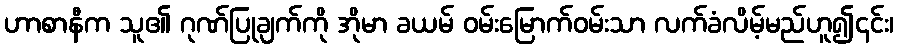
ဟာစာနီက သူ၏ ဂုဏ်ပြုချက်ကို အိုမာ ခယမ် ဝမ်းမြောက်ဝမ်းသာ လက်ခံလိမ့်မည်ဟူ၍၎င်း၊